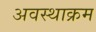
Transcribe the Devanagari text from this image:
अवस्थाक्रम